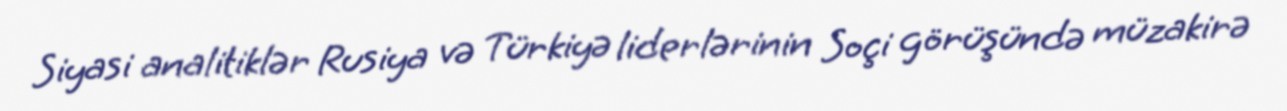
Siyasi analitiklər Rusiya və Türkiyə liderlərinin Soçi görüşündə müzakirə